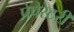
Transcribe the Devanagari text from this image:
प्रेपैरेटरी